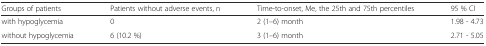
<table><thead><tr><td><b>Groups of patients</b></td><td><b>Patients without adverse events, n</b></td><td><b>Time-to-onset, Me, the 25th and 75th percentiles</b></td><td><b>95 % CI</b></td></tr></thead><tbody><tr><td>with hypoglycemia</td><td>0</td><td>2 (1–6) month</td><td>1.98 - 4.73</td></tr><tr><td>without hypoglycemia</td><td>6 (10.2 %)</td><td>3 (1–6) month</td><td>2.71 - 5.05</td></tr></tbody></table>